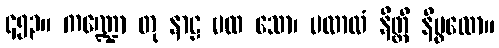
၄၅၃။ ကဏ္ဍော တု နာဠ မထ သော၊ ပလာလံ နိတ္ထိ နိပ္ဖလော။